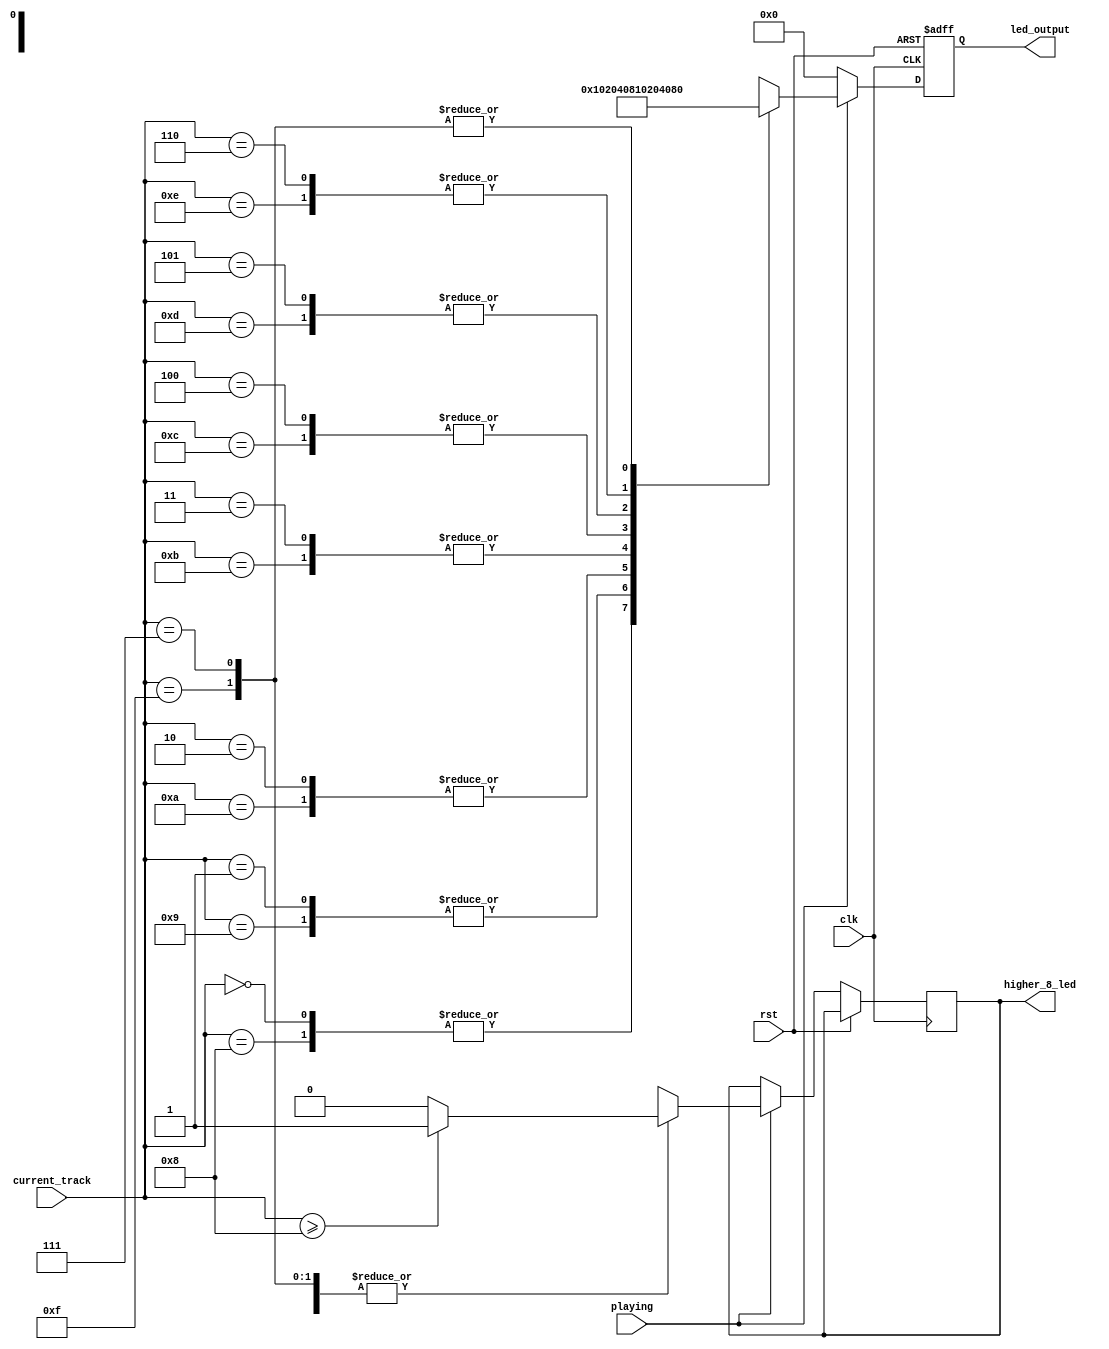
module ledControl(
    input clk,
    input rst,
    input [3:0] current_track,
    input playing,
    output reg [7:0] led_output,
    output reg higher_8_led
);
  always @(posedge clk or posedge rst) begin
    if (rst) begin
      led_output <= 0;
    end else if (playing) begin
      case (current_track)
        4'h0, 4'h8: begin
          led_output <= 8'b00000001;
          higher_8_led <= (current_track >= 8) ? 1 : 0;
        end
        4'h1, 4'h9: begin
          led_output <= 8'b00000010;
          higher_8_led <= (current_track >= 8) ? 1 : 0;
        end
        4'h2, 4'hA: begin
          led_output <= 8'b00000100;
          higher_8_led <= (current_track >= 8) ? 1 : 0;
        end
        4'h3, 4'hB: begin
          led_output <= 8'b00001000;
          higher_8_led <= (current_track >= 8) ? 1 : 0;
        end
        4'h4, 4'hC: begin
          led_output <= 8'b00010000;
          higher_8_led <= (current_track >= 8) ? 1 : 0;
        end
        4'h5, 4'hD: begin
          led_output <= 8'b00100000;
          higher_8_led <= (current_track >= 8) ? 1 : 0;
        end
        4'h6, 4'hE: begin
          led_output <= 8'b01000000;
          higher_8_led <= (current_track >= 8) ? 1 : 0;
        end
        4'h7, 4'hF: begin
          led_output <= 8'b10000000;
          higher_8_led <= (current_track >= 8) ? 1 : 0;
        end
        default: begin
          led_output <= 0;
          higher_8_led <= 0;
        end
      endcase
    end else begin
      led_output <= 0;
    end
  end
endmodule